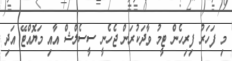
މި ފަހަރު ފިރިހެން ޓީމު ވާދަކުރަން ޖެހެނީ ސީސެލްޝް އާއި މަޔޮއްޓޭ އަދި